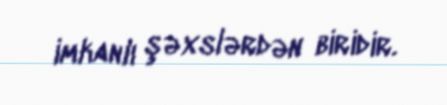
imkanlı şəxslərdən biridir.